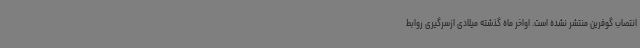
انتصاب گوفرین منتشر نشده است. اواخر ماه گذشته میلادی ازسرگیری روابط